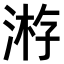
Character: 𣸯